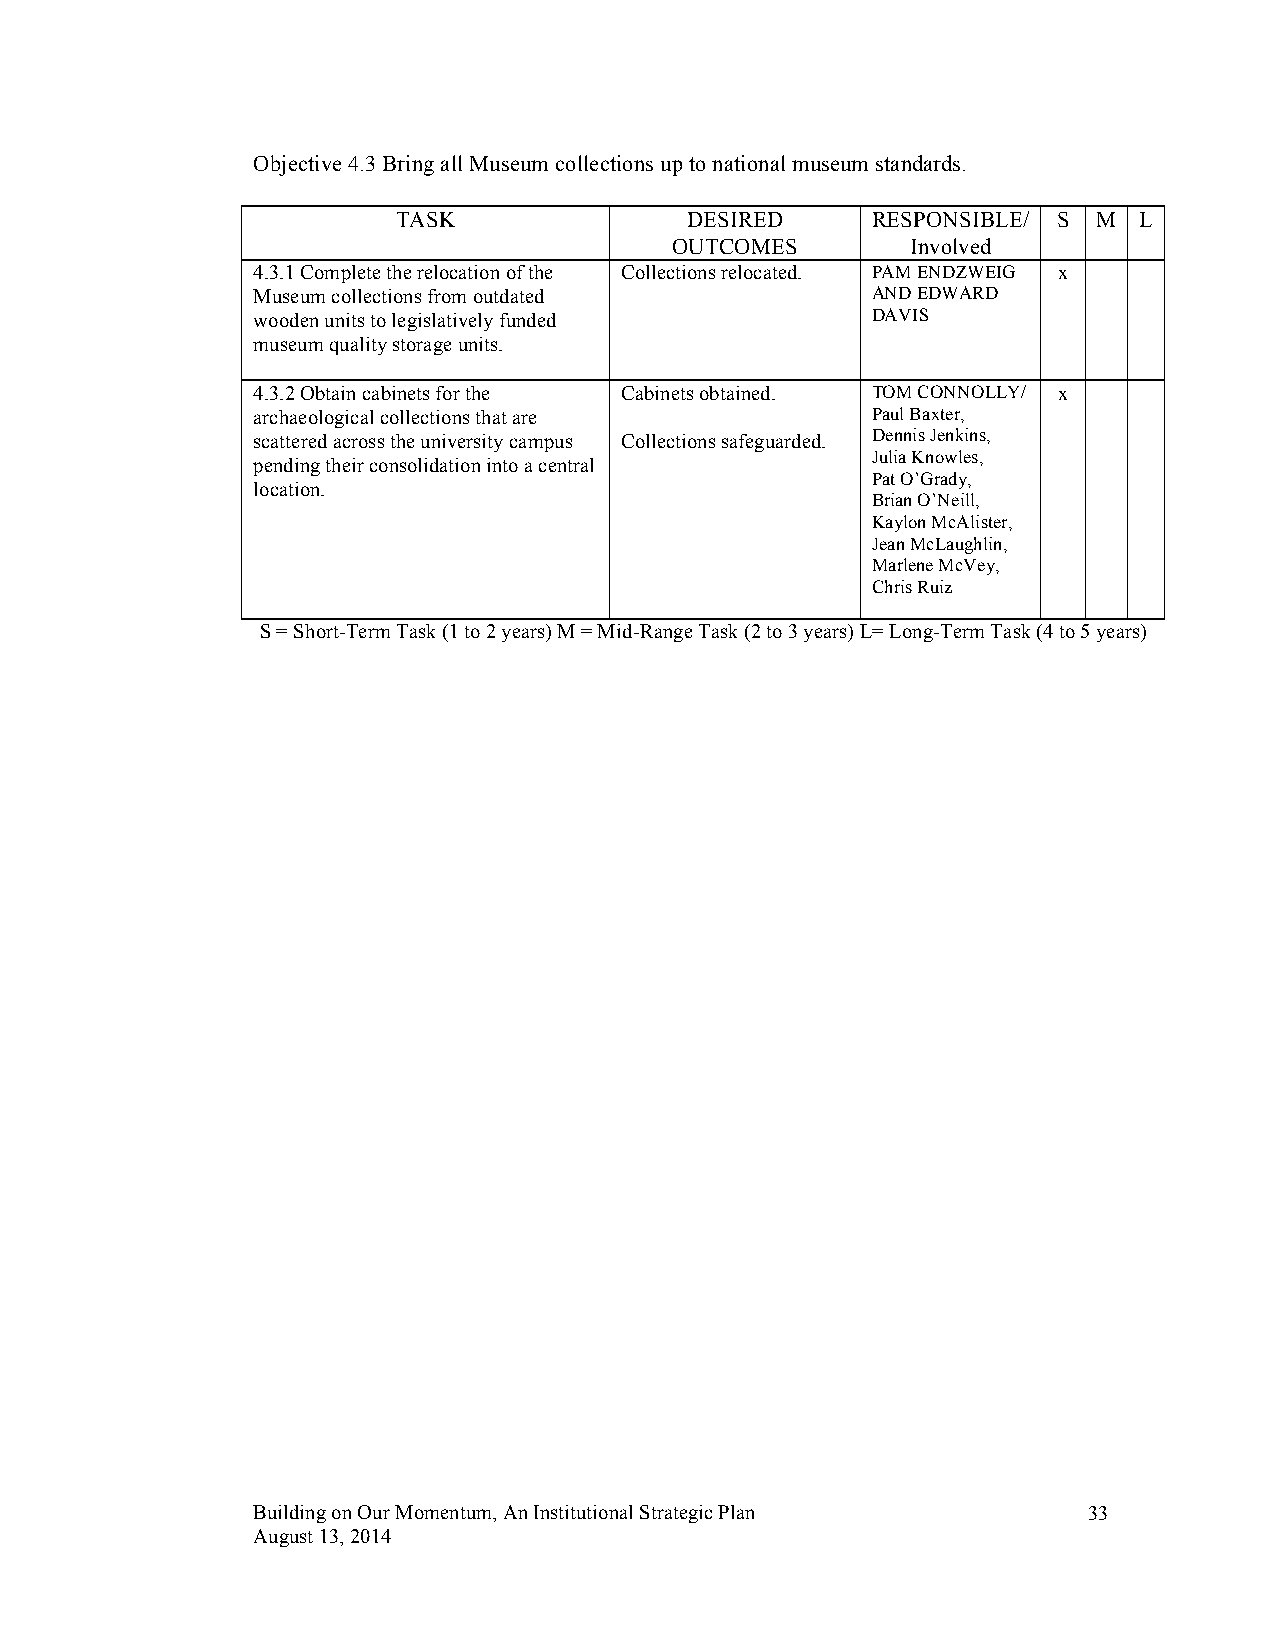
Objective 4.3 Bring all Museum collections up to national museum standards.
 TASK               DESIRED      RESPONSIBLE/ S M L
 OUTCOMES        Involved
 4.3.1 Complete the relocation of the Collections relocated. PAM ENDZWEIG x
 Museum collections from outdated         AND EDWARD
 wooden units to legislatively funded     DAVIS
 museum quality storage units.
 4.3.2 Obtain cabinets for the Cabinets obtained. TOM CONNOLLY/ x
 archaeological collections that are      Paul Baxter,
 scattered across the university campus Collections safeguarded. Dennis Jenkins,
 Julia Knowles,
 pending their consolidation into a central
 Pat O’Grady,
 location.
 Brian O’Neill,
 Kaylon McAlister,
 Jean McLaughlin,
 Marlene McVey,
 Chris Ruiz
 S = Short-Term Task (1 to 2 years) M = Mid-Range Task (2 to 3 years) L= Long-Term Task (4 to 5 years)
 Building on Our Momentum, An Institutional Strategic Plan 33
 August 13, 2014